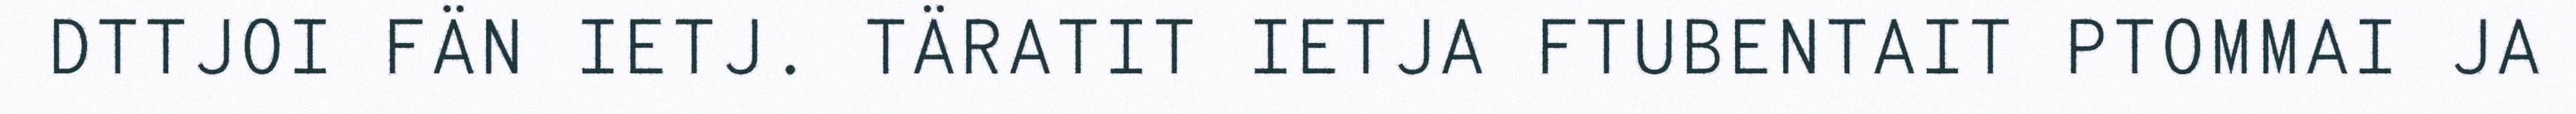
DTTJOI FÄN IETJ. TÄRATIT IETJA FTUBENTAIT PTOMMAI JA